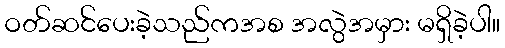
ဝတ်ဆင်ပေးခဲ့သည်ကအစ အလွဲအမှား မရှိခဲ့ပါ။